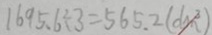
1 6 9 5 . 6 \div 3 = 5 6 5 . 2 ( d m ^ { 2 } )